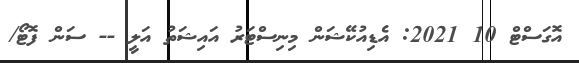
އޮގަސްޓް 10 2021: އެޑިއުކޭޝަން މިނިސްޓަރު އައިޝަތު އަލީ -- ސަން ފޮޓޯ/